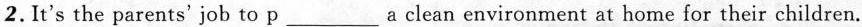
2.It's the parents'job to p___a clean environment at home for their children.